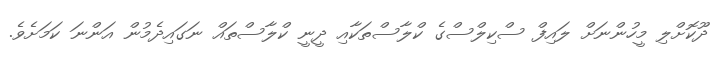
ދޫކޮށްލި މީހުންނަށް ލައިފް ސްކިލްސްގެ ކްލާސްތަކާއި ދީނީ ކްލާސްތައް ނަގައިދެމުން އަންނަ ކަމަށެވެ.